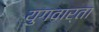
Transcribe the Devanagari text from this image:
युगवार्ता